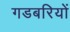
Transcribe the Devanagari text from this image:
गडबरियों